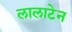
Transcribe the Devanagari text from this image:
लालाटेन